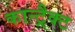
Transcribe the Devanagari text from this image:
कान्ट्रैक्ट